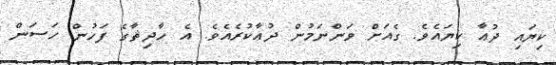
ކިޔައި ދުޢާ ކިޔައެވެ. ގެއަށް ވަންނަމުން ދުޢާކުރެއެވެ. އެ ހާދިޘާގެ ފަހުން ހަސަން